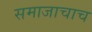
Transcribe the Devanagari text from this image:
समाजाचाच